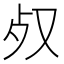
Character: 𣦼